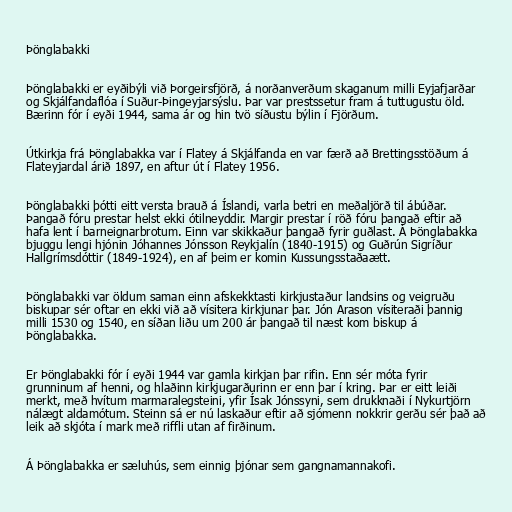
Þönglabakki

Þönglabakki er eyðibýli við Þorgeirsfjörð, á norðanverðum skaganum milli Eyjafjarðar
og Skjálfandaflóa í Suður-Þingeyjarsýslu. Þar var prestssetur fram á tuttugustu öld.
Bærinn fór í eyði 1944, sama ár og hin tvö síðustu býlin í Fjörðum.

Útkirkja frá Þönglabakka var í Flatey á Skjálfanda en var færð að Brettingsstöðum á
Flateyjardal árið 1897, en aftur út í Flatey 1956.

Þönglabakki þótti eitt versta brauð á Íslandi, varla betri en meðaljörð til ábúðar.
Þangað fóru prestar helst ekki ótilneyddir. Margir prestar í röð fóru þangað eftir að
hafa lent í barneignarbrotum. Einn var skikkaður þangað fyrir guðlast. Á Þönglabakka
bjuggu lengi hjónin Jóhannes Jónsson Reykjalín (1840-1915) og Guðrún Sigríður
Hallgrímsdóttir (1849-1924), en af þeim er komin Kussungsstaðaætt.

Þönglabakki var öldum saman einn afskekktasti kirkjustaður landsins og veigruðu
biskupar sér oftar en ekki við að vísitera kirkjunar þar. Jón Arason vísiteraði þannig
milli 1530 og 1540, en síðan liðu um 200 ár þangað til næst kom biskup á
Þönglabakka.

Er Þönglabakki fór í eyði 1944 var gamla kirkjan þar rifin. Enn sér móta fyrir
grunninum af henni, og hlaðinn kirkjugarðurinn er enn þar í kring. Þar er eitt leiði
merkt, með hvítum marmaralegsteini, yfir Ísak Jónssyni, sem drukknaði í Nykurtjörn
nálægt aldamótum. Steinn sá er nú laskaður eftir að sjómenn nokkrir gerðu sér það að
leik að skjóta í mark með riffli utan af firðinum.

Á Þönglabakka er sæluhús, sem einnig þjónar sem gangnamannakofi.